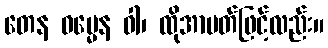
တေန ဓမ္မေန ဝါ၊ ထိုအာပတ်ဖြင့်လည်း။